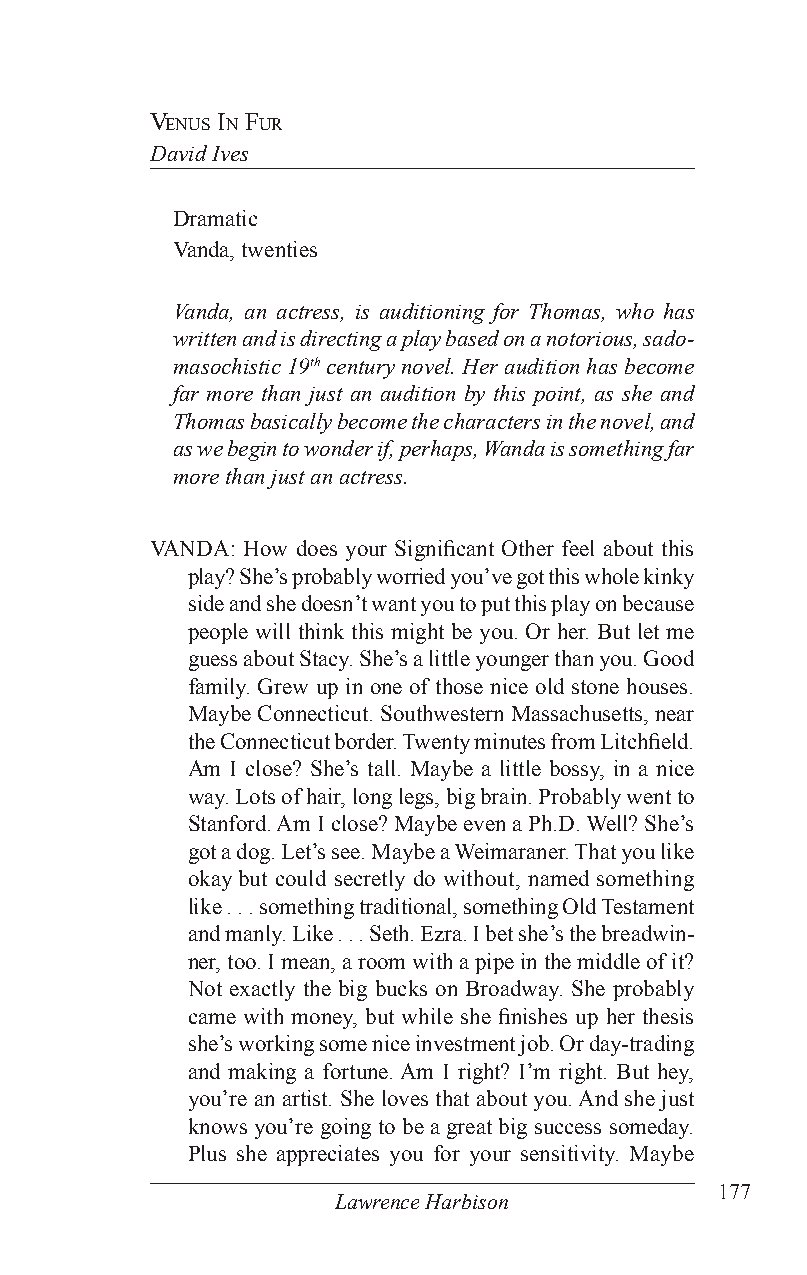
venus in fur
 David Ives
 Dramatic
 Vanda, twenties
 Vanda, an actress, is auditioning for Thomas, who has
 written and is directing a play based on a notorious, sado-
 masochistic 19th century novel. Her audition has become
 far more than just an audition by this point, as she and
 Thomas basically become the characters in the novel, and
 as we begin to wonder if, perhaps, Wanda is something far
 more than just an actress.
 VANDA: How does your Significant Other feel about this
 play? She’s probably worried you’ve got this whole kinky
 side and she doesn’t want you to put this play on because
 people will think this might be you. Or her. But let me
 guess about Stacy. She’s a little younger than you. Good
 family. Grew up in one of those nice old stone houses.
 Maybe Connecticut. Southwestern Massachusetts, near
 the Connecticut border. Twenty minutes from Litchfield.
 Am I close? She’s tall. Maybe a little bossy, in a nice
 way. Lots of hair, long legs, big brain. Probably went to
 Stanford. Am I close? Maybe even a Ph.D. Well? She’s
 got a dog. Let’s see. Maybe a Weimaraner. That you like
 okay but could secretly do without, named something
 like . . . something traditional, something Old Testament
 and manly. Like . . . Seth. Ezra. I bet she’s the breadwin-
 ner, too. I mean, a room with a pipe in the middle of it?
 Not exactly the big bucks on Broadway. She probably
 came with money, but while she finishes up her thesis
 she’s working some nice investment job. Or day-trading
 and making a fortune. Am I right? I’m right. But hey,
 you’re an artist. She loves that about you. And she just
 knows you’re going to be a great big success someday.
 Plus she appreciates you for your sensitivity. Maybe
 177
 Lawrence Harbison